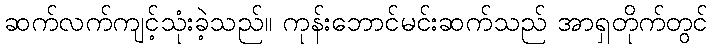
ဆက်လက်ကျင့်သုံးခဲ့သည်။ ကုန်းဘောင်မင်းဆက်သည် အာရှတိုက်တွင်